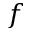
f